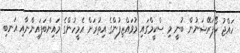
ހައްޖު ކޯޕަރޭޝަނުން ބުނީ މި ސްކީމްގައި މުވައްޒިފުންގެ އިތުރަށް އެމީހުންގެ މައިންބަފައިންނާއި އަނބި